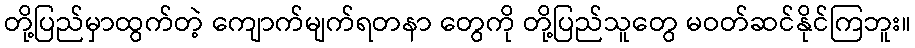
တို့ပြည်မှာထွက်တဲ့ ကျောက်မျက်ရတနာ တွေကို တို့ပြည်သူတွေ မဝတ်ဆင်နိုင်ကြဘူး။